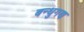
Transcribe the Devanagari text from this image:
बन्धुगण